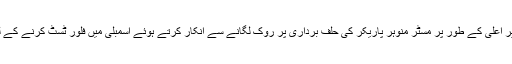
مگر سپریم کورٹ نے گوا کے وزیر اعلی کے طور پر مسٹر منوہر پاریکر کی حلف برداری پر روک لگانے سے انکار کرتے ہوئے اسمبلی میں فلور ٹسٹ کرنے کے لئے 16 مارچ کی تاریخ مقرر کی۔